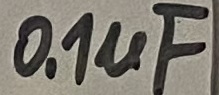
Text: 0.1µF